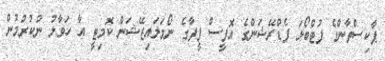
ޕާކިސްތާންގެ ފުޓްބޯޅަ ފެޑްރޭޝަންގެ އޮފީސް ފީފާގެ ނޯމަލައިޒޭޝަން ކޮމިޓީ އާ ހަވާލު ނުކުރުމުން